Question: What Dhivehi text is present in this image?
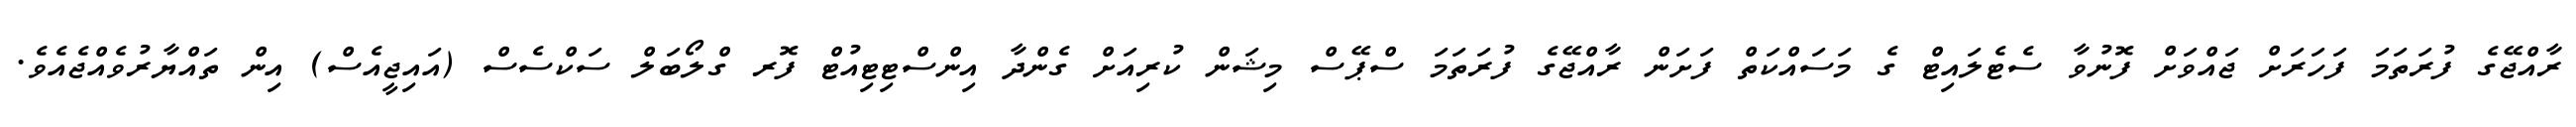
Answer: ރާއްޖޭގެ ފުރަތަމަ ފަހަރަށް ޖައްވަށް ފޮނުވާ ސެޓެލައިޓް ގެ މަސައްކަތް ފަށަން ރާއްޖޭގެ ފުރަތަމަ ސްޕޭސް މިޝަން ކުރިއަށް ގެންދާ އިންސްޓިޓިއުޓް ފޮރ ގްލޯބަލް ސަކްސެސް (އައިޖީއެސް) އިން ތައްޔާރުވެއްޖެއެވެ.